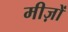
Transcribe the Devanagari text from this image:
मीज़ों